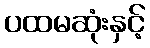
ပထမဆုံးနှင့်